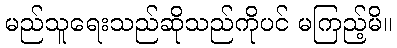
မည်သူရေးသည်ဆိုသည်ကိုပင် မကြည့်မိ။